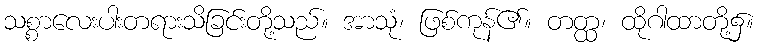
သစ္စာလေးပါးတရားသိခြင်းတို့သည်။ အာသုံ၊ ဖြစ်ကုန်၏။ တတ္ထ၊ ထိုဂါထာတို့၌။